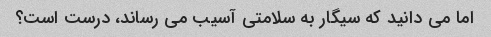
اما می دانید که سیگار به سلامتی آسیب می رساند، درست است؟